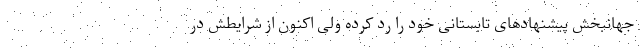
جهانبخش پیشنهادهای تابستانی خود را رد کرده ولی اکنون از شرایطش در